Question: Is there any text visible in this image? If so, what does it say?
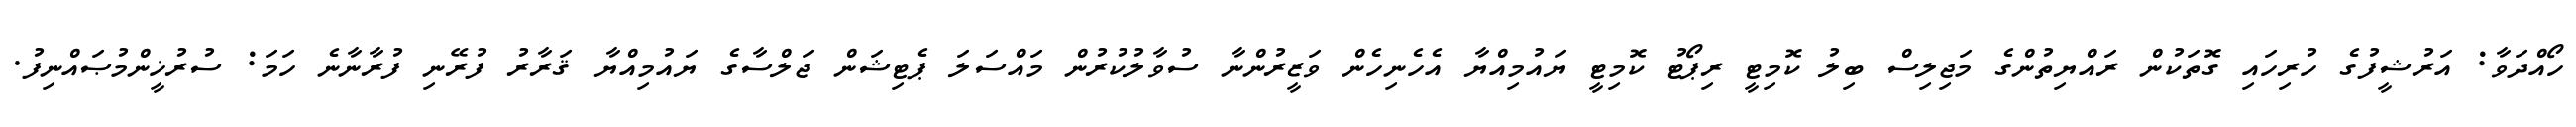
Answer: ހޯއްދަވާ: އަރުޝީފުގެ ހުރިހައި ގޮތަކުން ރައްޔިތުންގެ މަޖިލިސް ބިލު ކޮމިޓީ ރިޕޯޓު ކޮމިޓީ ޔައުމިއްޔާ އެހެނިހެން ވަޒީރުންނާ ސުވާލުކުރުން މައްސަލަ ޕެޓިޝަން ޖަލްސާގެ ޔައުމިއްޔާ ޤަރާރު ފުރޭނި ފުރާނާނެ ހަމަ: ސުރުޚީންމުޞައްނިފު.